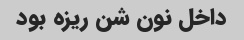
داخل نون شن ریزه بود